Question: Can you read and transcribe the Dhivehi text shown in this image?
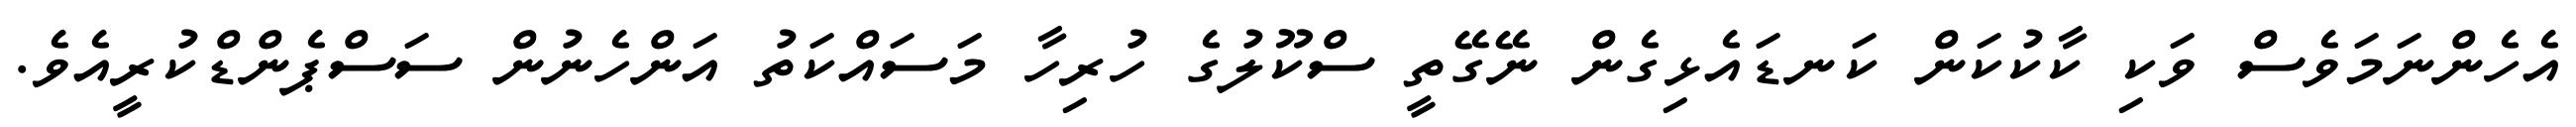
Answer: އެހެންނަމަވެސް ވަކި ކާކުކަން ކަނޑައެޅިގެން ނޭގޭތީ ސްކޫލުގެ ހުރިހާ މަސައްކަތު އަންހެނުން ސަސްޕެންޑްކުރީއެވެ.